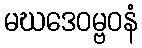
မဃဒေဝမ္ဗဝနံ